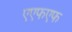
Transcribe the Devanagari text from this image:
एएफएफ